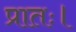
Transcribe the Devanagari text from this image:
प्रातः।